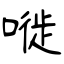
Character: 嘥